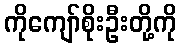
ကိုကျော်စိုးဦးတို့ကို